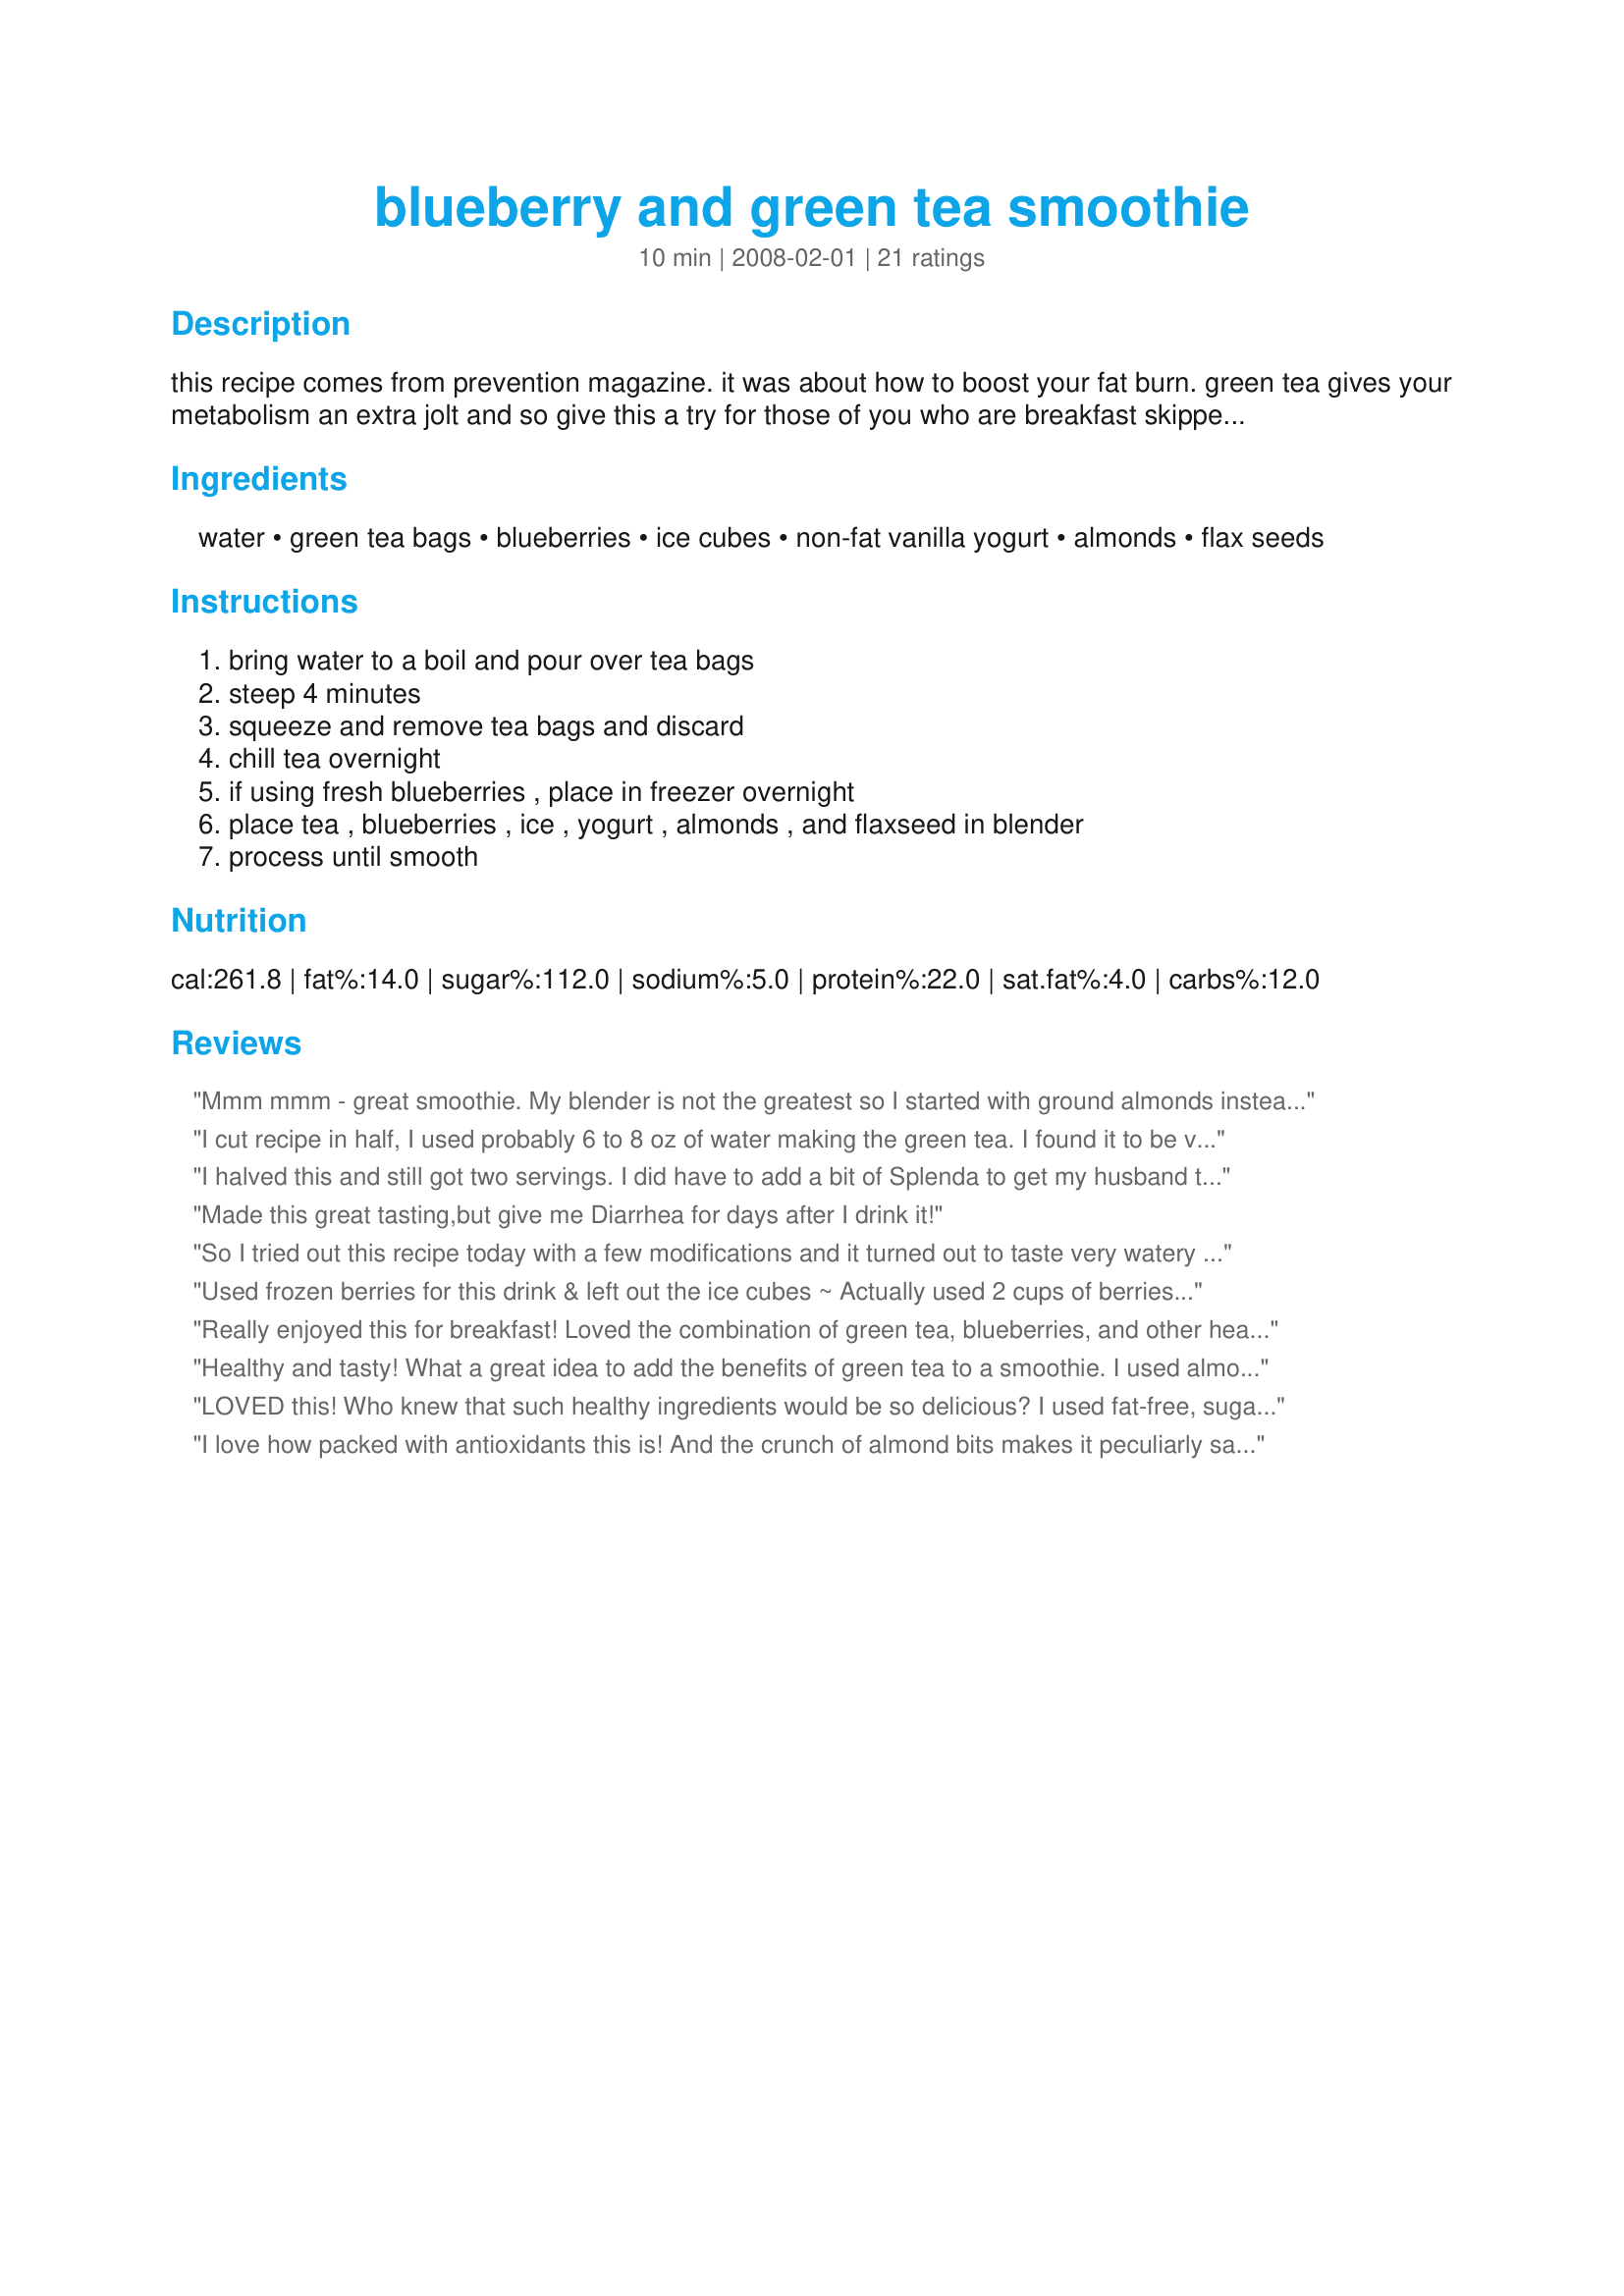
blueberry and green tea smoothie
Preparation time: 10 minutes

this recipe comes from prevention magazine. it was about how to boost your fat burn. green tea gives your metabolism an extra jolt and so give this a try for those of you who are breakfast skippers. or for those of us who just like these flavor combinations:-)

Ingredients:
water, green tea bags, blueberries, ice cubes, non-fat vanilla yogurt, almonds, flax seeds

Steps:
bring water to a boil and pour over tea bags, steep 4 minutes, squeeze and remove tea bags and discard, chill tea overnight, if using fresh blueberries , place in freezer overnight, place tea , blueberries , ice , yogurt , almonds , and flaxseed in blender, process until smooth

Reviews:
Mmm mmm - great smoothie. My blender is not the greatest so I started with ground almonds instead of whole. Very nutritious pick-me-up, love the use of green tea.
I cut recipe in half, I used probably 6 to 8 oz of water making the green tea. I found it to be very tasty, was reading other reviews I used non fat vanilla yogurt 3/4 cup I don't know if that was too much. But i enjoyed it.
I halved this and still got two servings. I did have to add a bit of Splenda to get my husband to drink it and I thought it was better with. Will make this often now, adding 2T of flax seeds nect time, like those. Thanks.
Made this great tasting,but give me Diarrhea for days after I drink it!
So I tried out this recipe today with a few modifications and it turned out to taste very watery and bland and just not appetizing. I halved the recipe to make 1 serving yet made enough to serve at least 4 people. I think it might've been the nonfat plain Greek yogurt that I used although I did follow a previous commenter's suggestion of using a plain yogurt then adding vanilla extract. I tried adding an overripe banana into it last minute to try and give it taste, to sweeten it up, but unfortunately it did nothing really...
Used frozen berries for this drink & left out the ice cubes ~ Actually used 2 cups of berries, EACH of them rounded! Anyway, a great combo of flavors, & since I ALWAYS brew my tea strong . . . Enjoyed the addition of the nuts & seeds, too! Definitely a keeper! [Tagged, made & reviewed in Zaar Stars Recipe Tag]
Really enjoyed this for breakfast! Loved the combination of green tea, blueberries, and other healthy ingredients. Will make again! Thanks for sharing the recipe!
Healthy and tasty! What a great idea to add the benefits of green tea to a smoothie. I used almond meal instead of whole almonds. My smile was a bit blue when I was done drinking! :-)
LOVED this! Who knew that such healthy ingredients would be so delicious? I used fat-free, sugar-free vanilla yogurt, and omitted the ice cubes (the frozen berries made the drink plenty cold and thick for me), but otherwise followed the recipe as written for my after work-out snack. I have the green tea chilling in the fridge to enjoy this again tomorrow morning. Thanks for submitting.
I love how packed with antioxidants this is! And the crunch of almond bits makes it peculiarly satisfying :-D Also makes a huge amount- I made 2/3 of the recipe and that was two generous mugfuls. Will surely make again; thanks Coffeebarista!
Sorry CB, this one didn't really appeal to mine & DD's tastes, we found it a little bland, I love the fact that this is so nutricious but it's not really for us. Thanks for posting though!
I'm giving this 5 stars because the green tea makes a huge difference, maybe not to the taste but to the consistency and, of course, to the nutrition. The extra liquid does make this more palatable but it won't fit in my commuter mug now! :( I'll just have to buy a new one. Made as part of the Aus/NZ recipe swap#13. As I said to Coffeebarista, this is what I have for breakfast most mornings, except without the green tea. I also use linseed (flax seed), sunflower and pumpkin seeds. I was going to try almonds but forgot to buy them. I have a coffee grinder that I use just to grind my seeds. I find that does a better job than the blender - but you would have to love this to buy a grinder for the seeds only. Fortunately I do.
we used frozen blueberries but could probably left out the ice cubes - Brain Freeze!!! will def make again.
Yummy! This was easy and delicious! Thanks for sharing!
I drank this for a quick dinner and it was exactly what I needed and wanted! I cheated and used pre-made Arizona Green Tea (Diet.) The almond grounds settled in the bottom but it was still drinkable. Thanks Coffeebarista!
Nice blueberry smoothie! I used frozen wild blueberries but still needed to add about 1 cup of ice to make it a bit frostier. I only had plain non-fat yogurt so I added a teaspoon of vanilla extract. Thank you for the recipe. Made for Winter Comfort Cafe 2010.
I've made and thoroughly enjoyed this several times. :) My only change was to omit the ice cubes and - using fresh berries - to make this the night before. So easy then to grab it in a Tupperware container for a yummy, healthy breakfast on-the-run! Thank you for adding such a delicious smoothie to my list of smoothies made regularly. Made for Zaar Stars Tag.
Great healthy smoothie! My yogurt was frozen so I didn't use the ice cubes. I loved that this was fresh-tasting without being overly sweet. Thanks for sharing your recipe!
This was a great way to start the morning! I used frozen blueberries, Activia vanilla yogurt, and could not find dry roasted almonds so added a few regular almonds. Will make more green tea and keep it in the fridge so I can make this again. Thanks CoffeeB for a posting this recipe!
I made 1/2 the amount serving 2 of us. Used hemp seeds in place of the flax. Loved starting my day with this nutritious drink. Thanks!
Who knew something so delicious could be so healthy?! I love all the antioxidants in this one easy recipe. I was worried about grinding up the almonds and about using flax in a smoothie, but they were great! I will definitely make this again and again. LOVE it!
